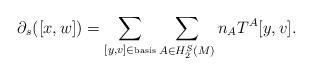
LaTeX: \begin{align*} \partial_s([x,w]) = \sum_{[y,v] \in \mbox{\tiny{basis}}} \sum_{A \in H_2^S(M)} n_A T^A[y,v]. \end{align*}